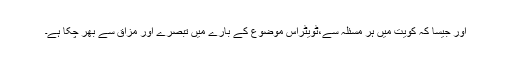
اور جیسا کہ کویت میں ہر مسئلہ سے،ٹویٹراس موضوع کے بارے میں تبصرے اور مزاق سے بھر چکا ہے۔